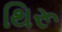
થિરૂ